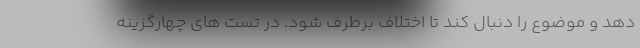
دهد و موضوع را دنبال کند تا اختلاف برطرف شود. در تست های چهارگزینه